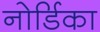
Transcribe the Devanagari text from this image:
नोर्डिका